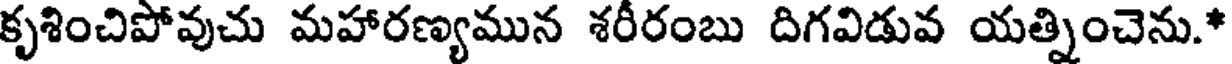
కృశించిపోవుచు మహారణ్యమున శరీరంబు దిగవిడువ యత్నించెను.*